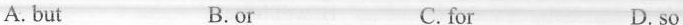
A. but B.or C. for D. so